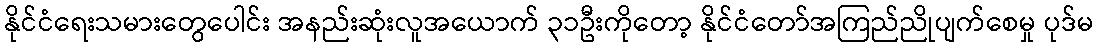
နိုင်ငံရေးသမားတွေပေါင်း အနည်းဆုံးလူအယောက် ၃၁ဦးကိုတော့ နိုင်ငံတော်အကြည်ညိုပျက်စေမှု ပုဒ်မ